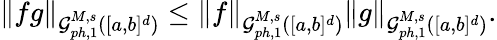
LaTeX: \begin{array}{r}{\| fg\| _{\mathcal{G}_{ph,1}^{M,s}([a,b]^{d})}\leq\| f\| _{\mathcal{G}_{ph,1}^{M,s}([a,b]^{d})}\| g\| _{\mathcal{G}_{ph,1}^{M,s}([a,b]^{d})}.}\end{array}